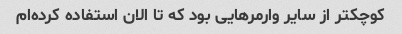
کوچکتر از سایر وارمرهایی بود که تا الان استفاده کرده‌ام